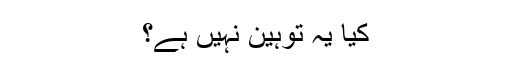
کیا یہ توہین نہیں ہے؟